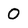
Character: O